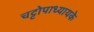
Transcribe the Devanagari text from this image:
चट्टोपाध्यायके